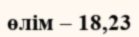
өлім – 18,23